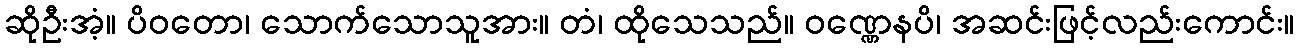
ဆိုဦးအံ့။ ပိဝတော၊ သောက်သောသူအား။ တံ၊ ထိုသေသည်။ ဝဏ္ဏေနပိ၊ အဆင်းဖြင့်လည်းကောင်း။